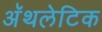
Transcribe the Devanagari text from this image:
अॅथलेटिक